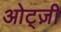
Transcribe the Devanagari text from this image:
ओट्ज़ी